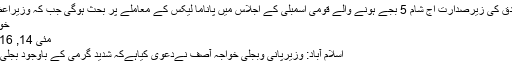
اسپیکرسردار ایاز صادق کی زیرصدارت آج شام 5 بجے ہونے والے قومی اسمبلی کے اجلاس میں پاناما لیکس کے معاملے پر بحث ہوگی جب کہ وزیراعظم نوازشریف بھی …
خواجہ آصف کا نیادعویٰ
مئی 14, 2016	اسلام آباد 0 24
اسلام آباد: وزیرپانی وبجلی خواجہ آصف نےدعوی کیاہےکہ شدید گرمی کے باوجود بجلی کی پیداوار بہتر ہوئی۔